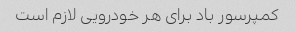
کمپرسور باد برای هر خودرویی لازم است